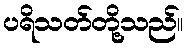
ပရိသတ်တို့သည်။